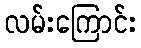
လမ်းကြောင်း